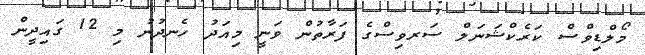
މޯލްޑިވްސް ކަރެކްޝަނަލް ސަރވިސްގެ ފަރާތުން ވަނީ މިއަދު ހެނދުނު މި 12 ގައިދީން